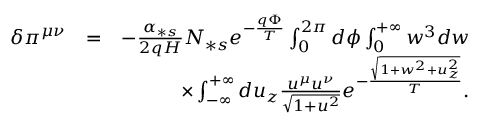
\begin{array} { r l r } { \delta \pi ^ { \mu \nu } } & { = } & { - \frac { \alpha _ { \ast s } } { 2 q H } N _ { \ast s } e ^ { - \frac { q \Phi } { T } } \int _ { 0 } ^ { 2 \pi } d \phi \int _ { 0 } ^ { + \infty } w ^ { 3 } d w } \\ & { } & { \times \int _ { - \infty } ^ { + \infty } d u _ { z } \frac { u ^ { \mu } u ^ { \nu } } { \sqrt { 1 + u ^ { 2 } } } e ^ { - \frac { \sqrt { 1 + w ^ { 2 } + u _ { z } ^ { 2 } } } { T } } . } \end{array}